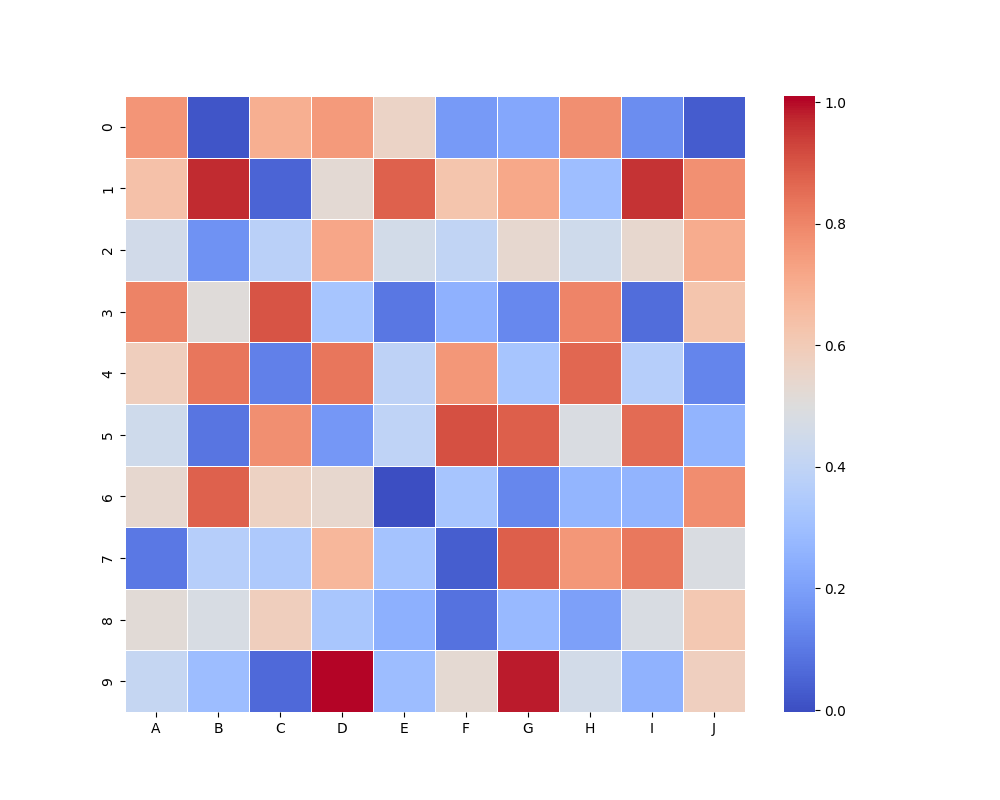
python, seaborn, heatmap, cmap='coolwarm', linewidths=0.5, center=0.5